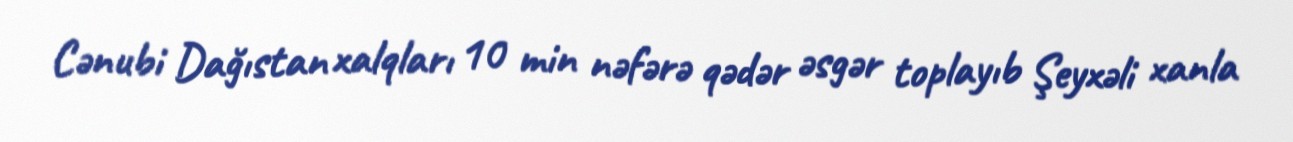
Cənubi Dağıstan xalqları 10 min nəfərə qədər əsgər toplayıb Şeyxəli xanla